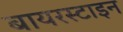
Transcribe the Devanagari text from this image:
बायरस्टाइन